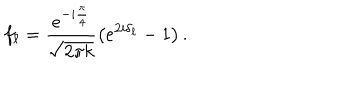
f _ { \ell } = \frac { e ^ { - i \frac { \pi } { 4 } } } { \sqrt { 2 \pi k } } \left( e ^ { 2 i \delta _ { \ell } } - 1 \right) . \nonumber